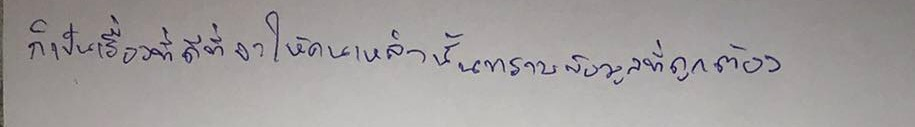
ก็เป็นเรื่องที่ดีที่จะให้คนเหล่านั้นทราบข้อมูลที่ถูกต้อง